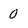
Character: 0